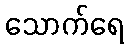
သောက်ရေ